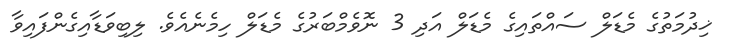
ޚިދުމަތުގެ މެޑަލް ސައްތައިގެ މެޑަލް އަދި 3 ނޮވެމްބަރުގެ މެޑަލް ހިމެނެއެވެ. ލިބިވަޑާއިގެންފައިވާ